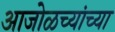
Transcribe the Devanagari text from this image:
आजोळच्यांच्या